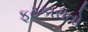
ફટકારાતો